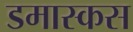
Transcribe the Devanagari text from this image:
डमास्कस